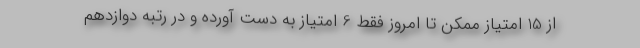
از 15 امتیاز ممکن تا امروز فقط 6 امتیاز به دست آورده و در رتبه دوازدهم